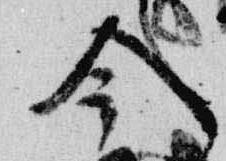
今